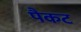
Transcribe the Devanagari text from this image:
पैकट